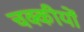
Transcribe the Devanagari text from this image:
चक्कीयों